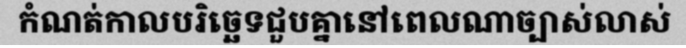
កំណត់កាលបរិច្ឆេទជួបគ្នានៅពេលណាច្បាស់លាស់